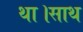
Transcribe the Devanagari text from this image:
था।साथ